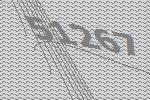
51267